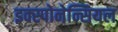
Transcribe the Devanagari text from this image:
इक्स्पोनेन्सियल